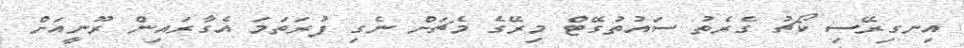
އިނގިރޭސި ކޯޗު ގެރެތު ސައުތުގޭޓް މިރޭގެ މެޗަށް ނެގި ފުރަތަމަ އެގާރައިން ރޫނީއަށް